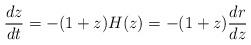
LaTeX: \begin{align*} \frac{dz}{dt}=-(1+z)H(z)=-(1+z) \frac{dr}{dz}\end{align*}